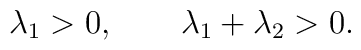
\lambda_{1} > 0,\qquad \lambda_{1} + \lambda_{2} > 0.